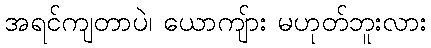
အရင်ကျတာပဲ၊ ယောကျ်ား မဟုတ်ဘူးလား